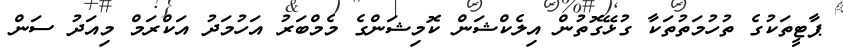
ޕާޓީތަކުގެ ތުހުމަތުތަކާ ގުޅޭގޮތުން އިލެކްޝަން ކޮމިޝަންގެ މެމްބަރު އަހުމަދު އަކްރަމް މިއަދު ސަން